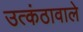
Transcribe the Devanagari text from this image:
उत्कंठावाले